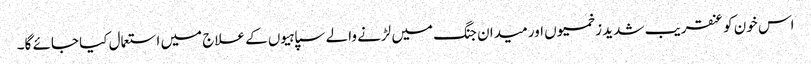
اس خون کو عنقریب شدید زخمیوں اور میدان جنگ میں لڑنے والے سپاہیوں کے علاج میں استعمال کیا جائے گا۔